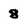
Character: 8